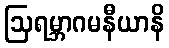
ဩရမ္ဘာဂမနီယာနိ